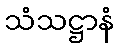
သံသဋ္ဌာနံ